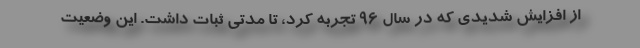
از افزایش شدیدی که در سال 96 تجربه کرد، تا مدتی ثبات داشت. این وضعیت